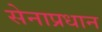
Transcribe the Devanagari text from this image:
सेनाप्रधान